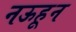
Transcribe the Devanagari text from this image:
नऊहून